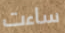
ساءت